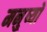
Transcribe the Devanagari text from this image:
मनु्ष्यों